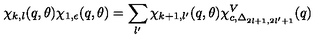
\chi _ { k , l } ( q , \theta ) \chi _ { 1 , \epsilon } ( q , \theta ) = \sum _ { l ^ { \prime } } \chi _ { k + 1 , l ^ { \prime } } ( q , \theta ) \chi _ { c , \Delta _ { 2 l + 1 , 2 l ^ { \prime } + 1 } } ^ { V } ( q )